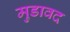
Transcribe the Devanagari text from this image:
मुडावद